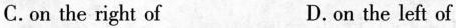
C.on the right of D.on the left of